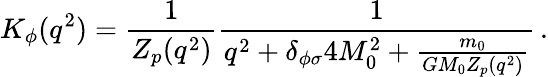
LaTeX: K_{\phi}(q^{2})={\frac{1}{Z_{p}(q^{2})}}{\frac{1}{q^{2}+\delta_{\phi\sigma}4M_{0}^{2}+{\frac{m_{0}}{GM_{0}Z_{p}(q^{2})}}}}\, .